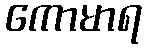
ကောမာရ